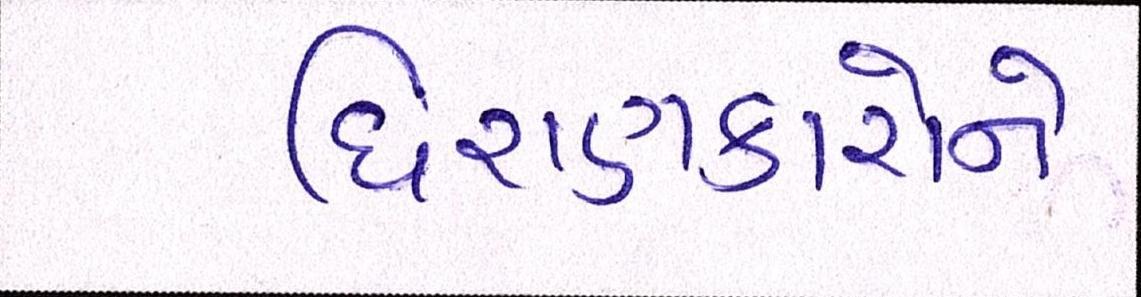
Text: ધિરાણકારોને